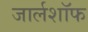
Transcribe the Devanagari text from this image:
जार्लशॉफ